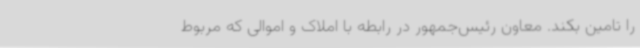
را تامین بکند. معاون رئیس‌جمهور در رابطه با املاک و اموالی که مربوط